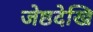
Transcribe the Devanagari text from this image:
जेष्ठदेखि